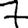
Digit: 7